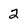
Character: 2